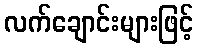
လက်ချောင်းများဖြင့်